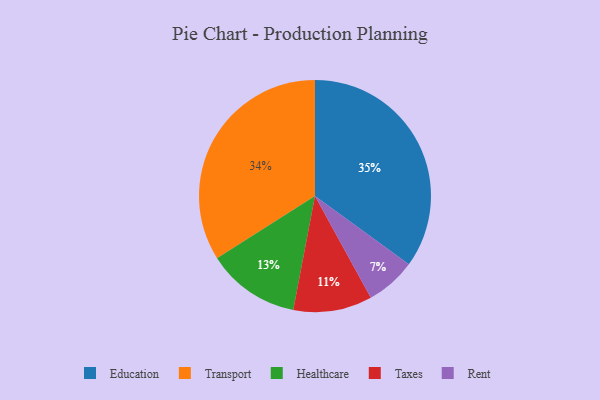
{"axis": {"x": "Category", "y": "Percentage"}, "legend": ["Education", "Healthcare", "Rent", "Taxes", "Transport"], "data": [{"x": "Healthcare", "y": 13, "type": "Healthcare"}, {"x": "Taxes", "y": 11, "type": "Taxes"}, {"x": "Education", "y": 35, "type": "Education"}, {"x": "Transport", "y": 34, "type": "Transport"}, {"x": "Rent", "y": 7, "type": "Rent"}]}